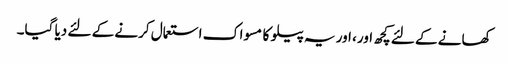
کھانے کے لئے کچھ اور، اور یہ پیلو کا مسواک استعمال کرنے کے لئے دیا گیا۔